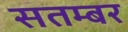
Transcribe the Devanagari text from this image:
सतम्बर